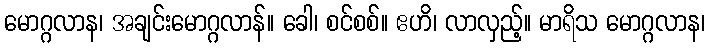
မောဂ္ဂလာန၊ အချင်းမောဂ္ဂလာန်။ ခေါ၊ စင်စစ်။ ဧဟိ၊ လာလှည့်။ မာရိသ မောဂ္ဂလာန၊